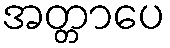
အတ္တာပေ